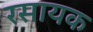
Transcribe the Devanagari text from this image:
रसायक